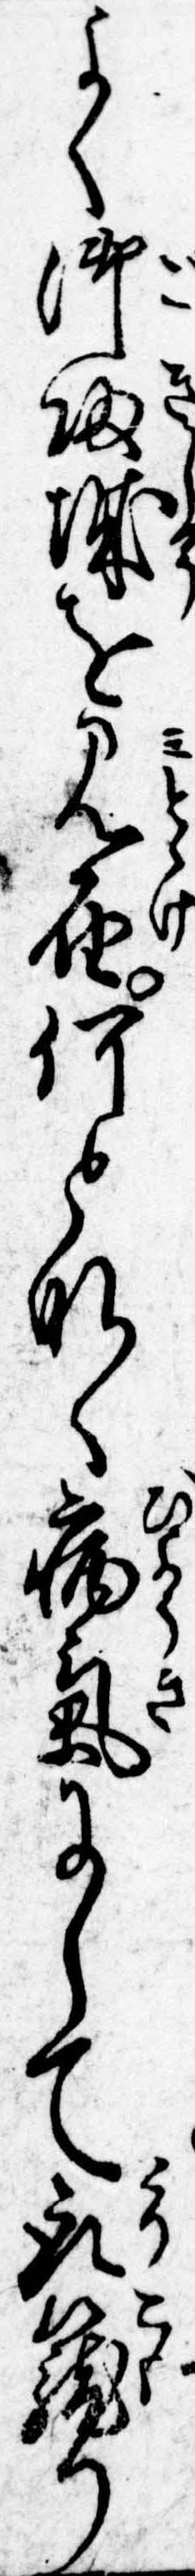
よく御帰城を見届何となく病気にして取篭り